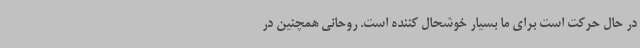
در حال حرکت است برای ما بسیار خوشحال کننده است. روحانی همچنین در